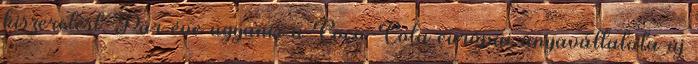
kiszerelést. Pár éve ugyanis a Coca-Cola európai anyavállalata új